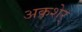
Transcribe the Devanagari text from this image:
अकशेर्